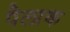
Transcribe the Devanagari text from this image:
पैलाक